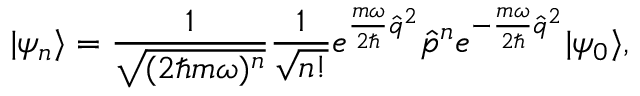
| \psi _ { n } \rangle = \frac { 1 } { \sqrt { ( 2 \hbar m \omega ) ^ { n } } } \frac { 1 } { \sqrt { n ! } } e ^ { \frac { m \omega } { 2 \hbar } \hat { q } ^ { 2 } } \hat { p } ^ { n } e ^ { - \frac { m \omega } { 2 \hbar } \hat { q } ^ { 2 } } | \psi _ { 0 } \rangle ,